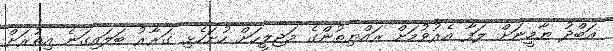
އަބްދު ޔާމީނަށް ލަފާ އެރުވުމަށް ރައްޔިތުންގެ މަޖިލީހަށް ހުށަހެޅި ގަރާރު ބަލައިގަނެ އިތުރަށް